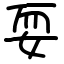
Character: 耍